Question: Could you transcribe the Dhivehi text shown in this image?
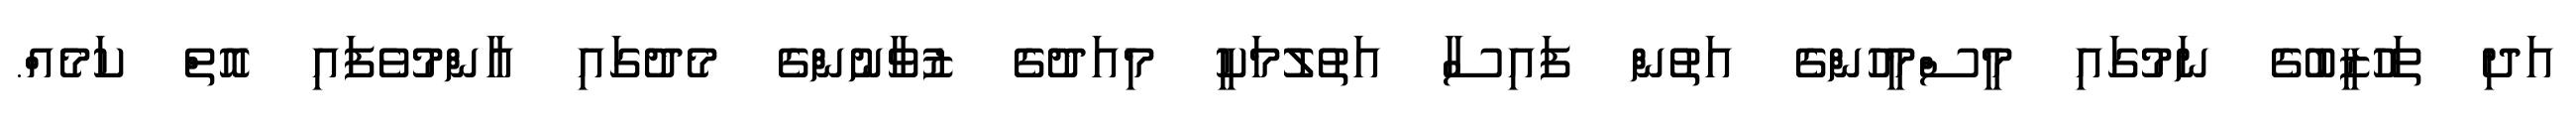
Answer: އަދި ތަހުޒީބުގެ ނަމުގައި މީސްމީހުންގެ އަތުން ފައިސާ އަތުލުމަކީ މިއަދުގެ ޒުވާނުންގެ މެދުގައި އާންމުވެފައި އޮތް ކަމެއް.